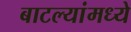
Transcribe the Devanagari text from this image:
बाटल्यांमध्ये